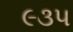
૯૩૫